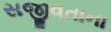
સજીવતાના